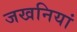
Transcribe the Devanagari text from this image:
जखनियां